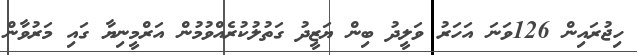
ހިޖުރައިން 126ވަނަ އަހަރު ވަލީދު ބިން ޔަޒީދު ގަތުލުކުރެއްވުމުން އަރްމީނިޔާ ގައި މަރުވާން